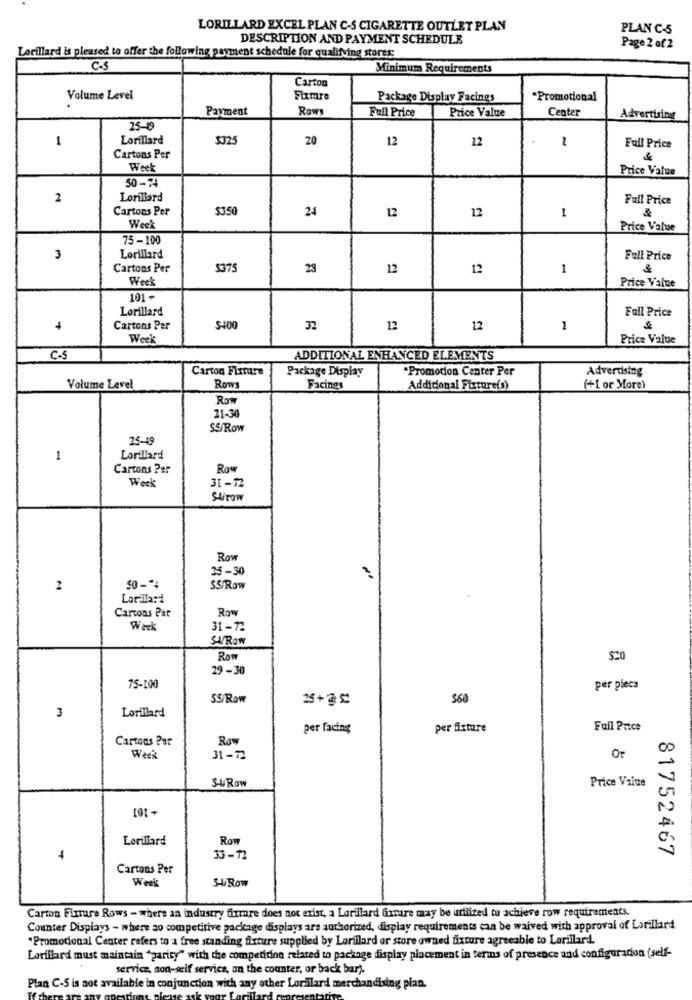
LORILLARD EXCEL PLAN C-S CIGARETTE OUTLET PLAN
PLAN C-5
DESCRIPTION AND PAYMENT SCHEDULE
Page 2 of 2
Lorillard is pleased to offer the following payment schedule for qualifying stores:
C-S
Minimum Requirements
Carton
Volume Level
Fixmre
Package Display Facings
"Promotional
Payment
Rows
Full Price
Price Value
Center
Advertising
25-49
1
Lorillard
$325
20
12
12
1
Full Price
Cartons Per
Week
Price Value
50-74
2
Lorillard
Full Price
Cartons Per
$350
24
12
12
1
Week
Price Value
75-100
3
Lorillard
Full Price
Cartons Per
5375
23
12
12
1
&
Week
Price Value
101-
Lorillard
Fall Price
Cartons Per
$400
3.
12
12
1
Week
Price Value
C-S
ADDITIONAL ENHANCED ELEMENTS
Carton Firmuire
Package Display
"Promotion Center Per
Advertising
Volume Level
ROWS
Facings
Additional Fixture(s)
(+1 or More)
Rom
21-30
S5/Row
25-49
1
Lorillard
Cartons Per
Row
31-72
Work
Stirow
Row
25-30
2
SS/Row
Lorillard
Cartons Par
Row
Work
31-72
SUROW
Row
SCO
29-30
75-100
per pleca
SS/Row
25+3 5
$60
Lorillard
3
per facing
per fixture
Full Price
Cartons Per
Row
Week
31-72
Or
Price Value
SURow
101+
Lorillard
Row
81752467
33 - 1I
Cartons Per
Werk
3-4Row
Carton Furture Rows - where an industry firmare does not exist, a Lorillard future may be uriized to achieve row requirements.
Counter Displays - where so competitive package displays are authorized, display requirements can be waived with approval of Lorillard
"Promocional Center refers to a free standing fixture supplied by Lorillard or store owned fixture agreeable to Lorillard.
Lorillard must maintain "parity" with the competition related to package display placement in terms of presence and configuration (self-
service, son-seif servies, an the counter, or back bar).
Plan C-5 is not available in conjunction with any other Lorslard merchandising pian.